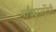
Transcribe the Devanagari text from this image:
मौक्युमेंट्री